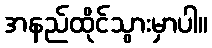
အနည်ထိုင်သွားမှာပါ။